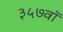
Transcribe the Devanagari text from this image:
३५७वॉ